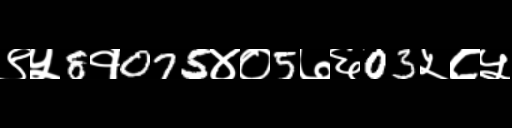
Text: ९५8१075४०5७६03५८५